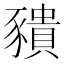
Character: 𧲆